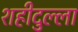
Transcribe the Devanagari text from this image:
शहीदुल्ला